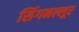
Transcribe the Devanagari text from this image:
सिंगनल्लूर